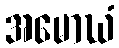
အမောဃံ